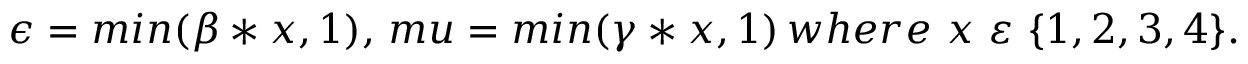
\epsilon = m i n ( \beta * x , 1 ) , \, m u = m i n ( \gamma * x , 1 ) \, w h e r e \ x \ \varepsilon \ \{ 1 , 2 , 3 , 4 \} .